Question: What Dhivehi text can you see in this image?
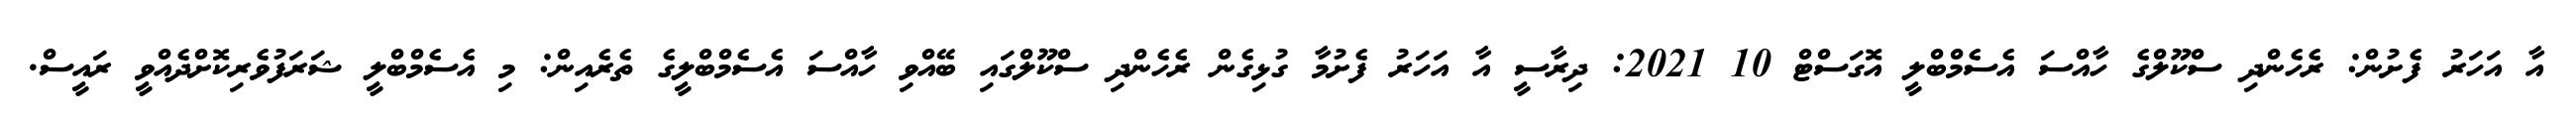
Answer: އާ އަހަރު ފެށުން: ރެހެންދި ސްކޫލްގެ ހާއްސަ އެސެމްބްލީ އޮގަސްޓް 10 2021: ދިރާސީ އާ އަހަރު ފެށުމާ ގުޅިގެން ރެހެންދި ސްކޫލްގައި ބޭއްވި ހާއްސަ އެސެމްބްލީގެ ތެރެއިން: މި އެސެމްބްލީ ޝަރަފުވެރިކޮށްދެއްވީ ރައީސް.